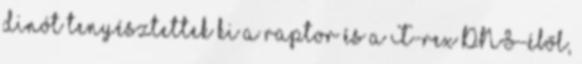
dinót tenyésztettek ki a raptor és a T-rex DNS-éből,